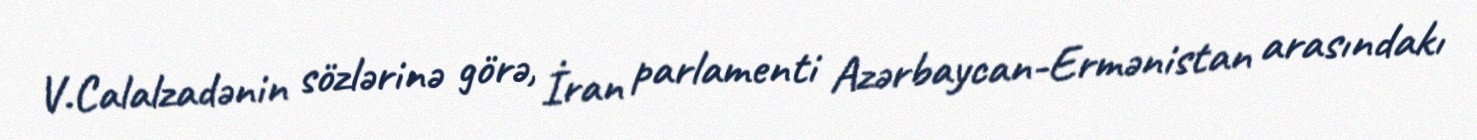
V.Calalzadənin sözlərinə görə, İran parlamenti Azərbaycan-Ermənistan arasındakı